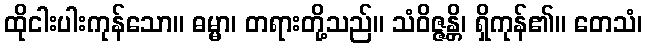
ထိုငါးပါးကုန်သော။ ဓမ္မာ၊ တရားတို့သည်။ သံဝိဇ္ဇန္တိ၊ ရှိကုန်၏။ တေသံ၊